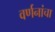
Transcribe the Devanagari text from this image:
वर्णनांचा